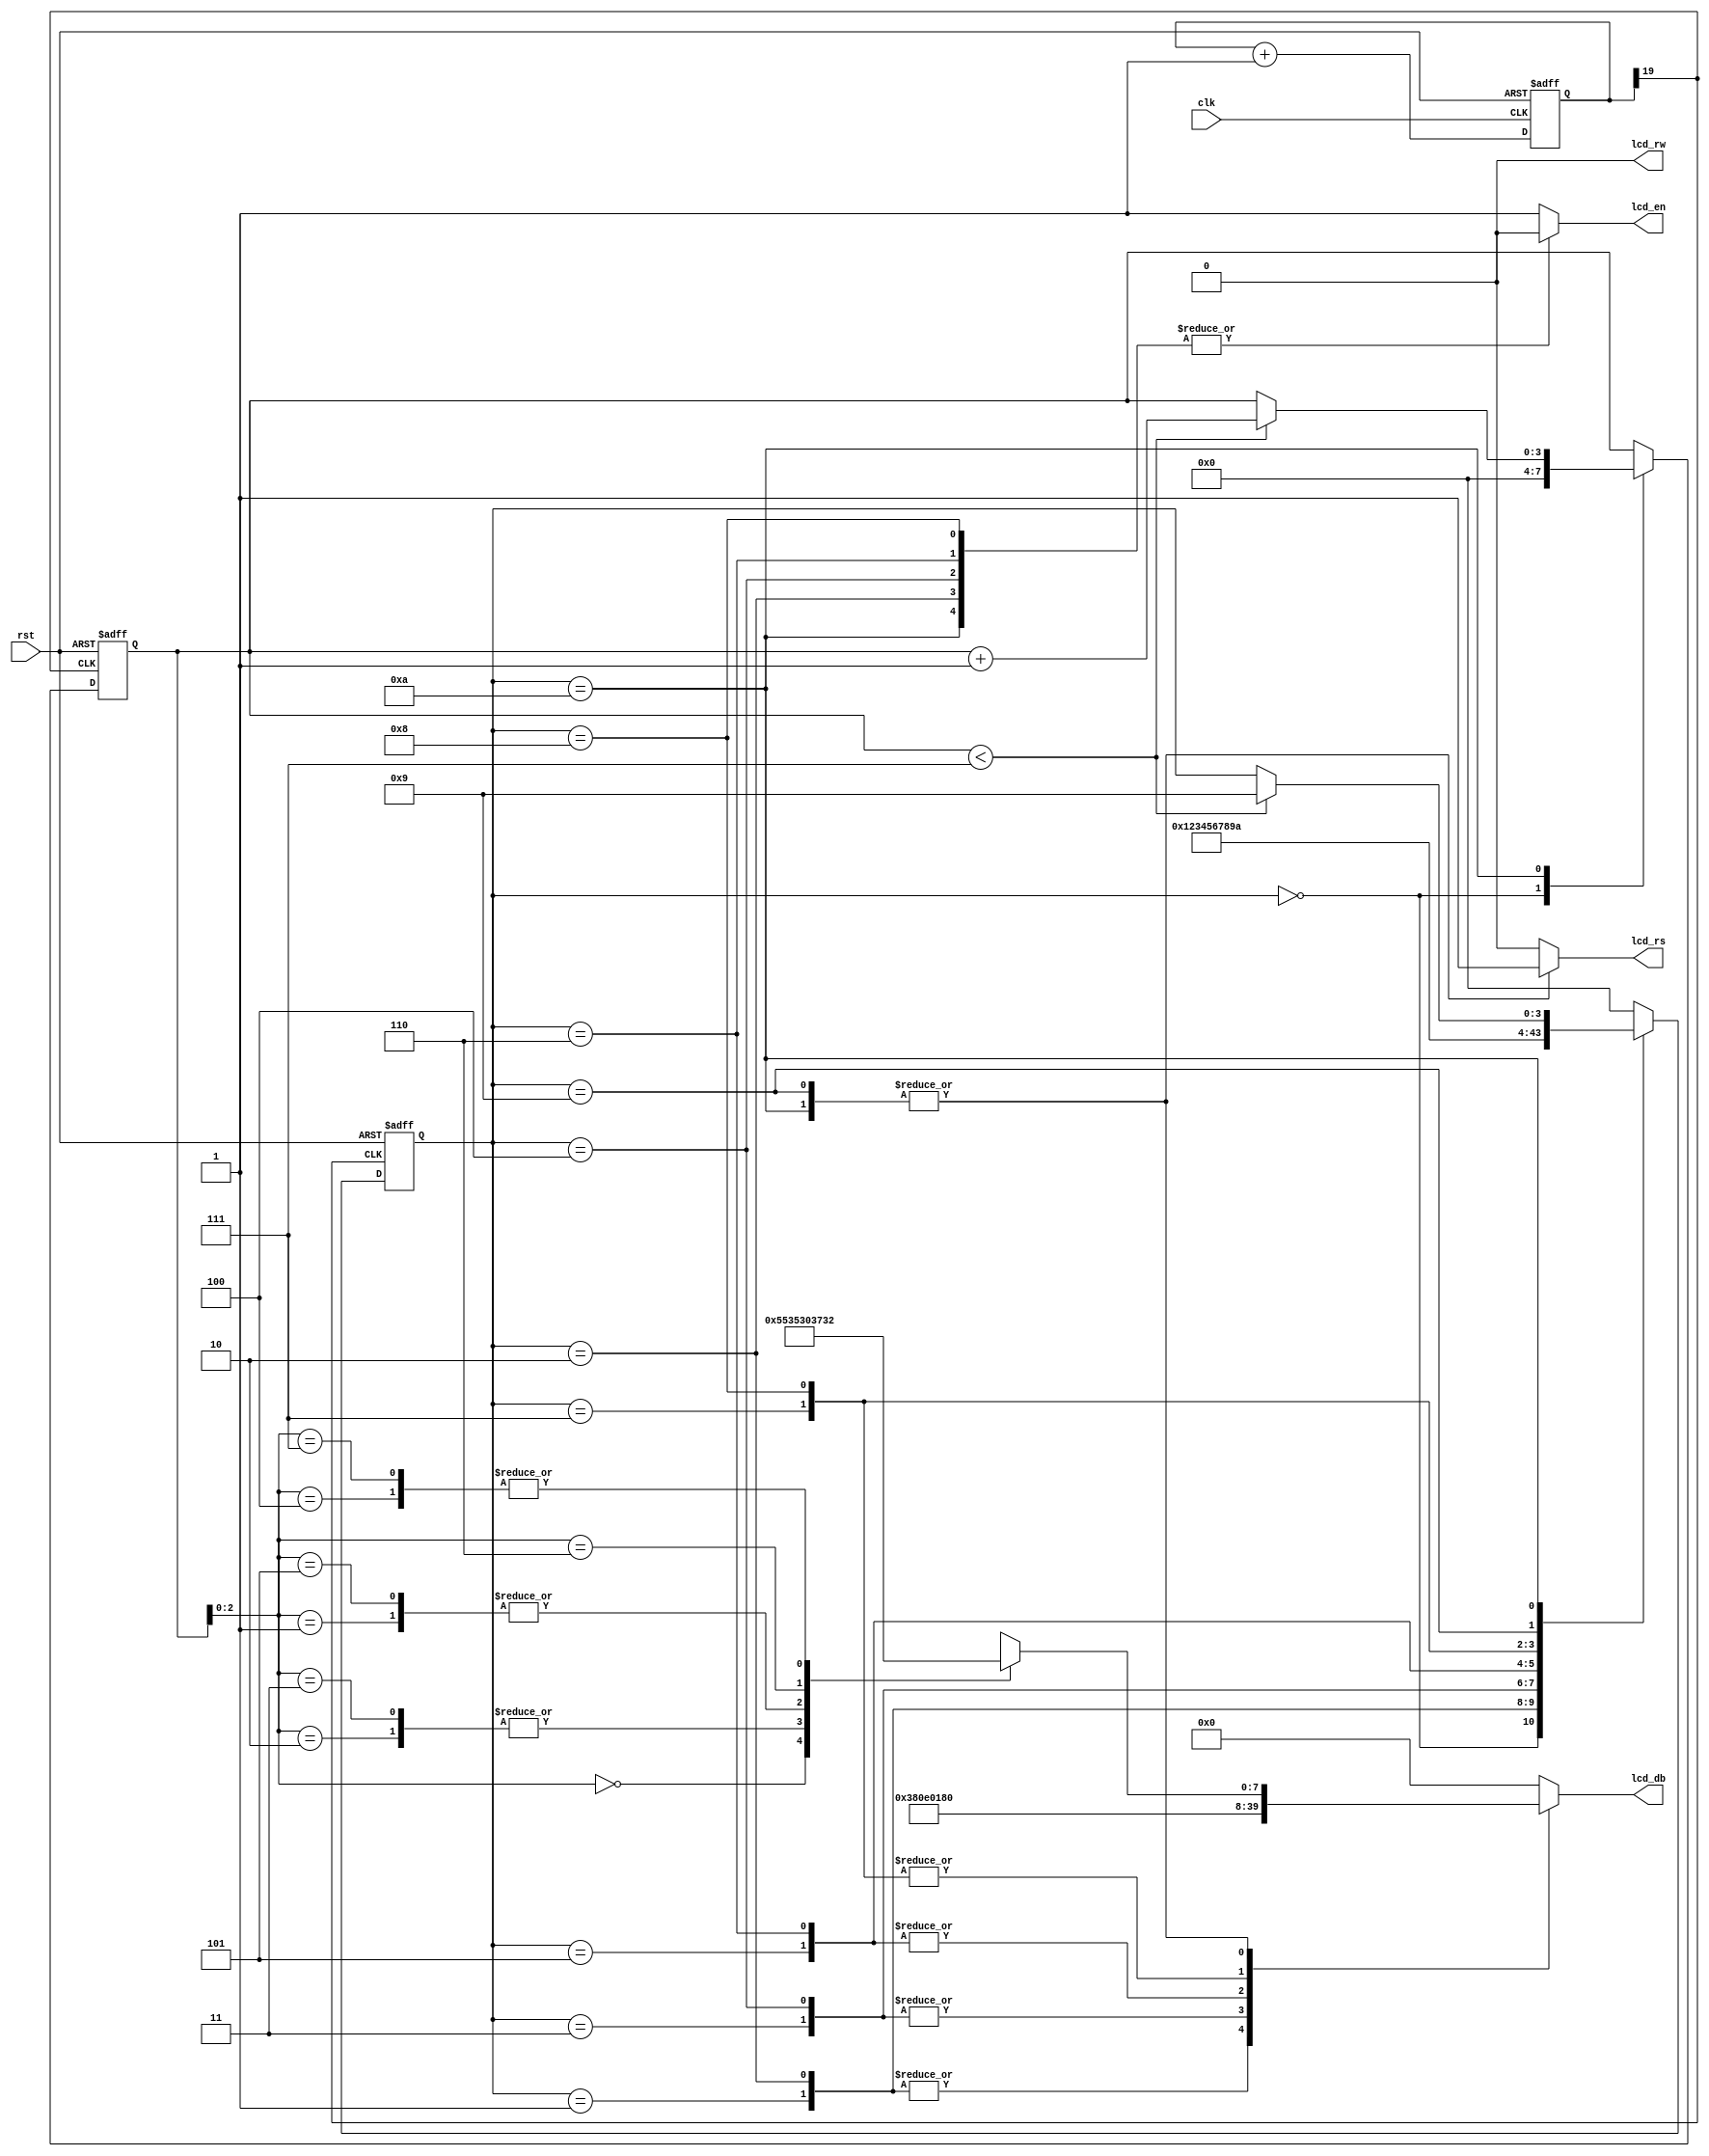
module lab8(lcd_db,lcd_en,lcd_rw,lcd_rs,clk,rst);
output reg [7:0]lcd_db;
output reg lcd_en,lcd_rs;
output lcd_rw;
input clk,rst;

assign lcd_rw=1'b0;
parameter idle=4'd0,setup_mode=4'd1,write_mode=4'd2,setup_display=4'd3,write_display=4'd4,setup_clear=4'd5,write_clear=4'd6;
parameter setup_position=4'd7,write_position=4'd8,setup_data=4'd9,write_data=4'd10;
reg [3:0]state;
reg [3:0]datacnt;

wire [7:0]romdata[7:0];
assign romdata[0]=8'h55;
assign romdata[1]=8'h30;
assign romdata[2]=8'h35;
assign romdata[3]=8'h35;
assign romdata[4]=8'h32;
assign romdata[5]=8'h30;
assign romdata[6]=8'h37;
assign romdata[7]=8'h32;
reg[19:0]divclk;
always@(posedge clk or negedge rst)begin
   if(~rst)
      divclk<=20'd0;
   else
      divclk<=divclk+1;
end
always@(posedge divclk[19] or negedge rst)begin
   if(~rst)begin
      state<=idle;
      datacnt<=4'd0;
   end
   else begin
      case(state)
         idle:begin
            datacnt<=4'd0;
	    state<=setup_mode;
         end
         //----Mode Command--------
         setup_mode:state<=write_mode;
         write_mode:state<=setup_display;
         //----Display Command-----
         setup_display:state<=write_display;
         write_display:state<=setup_clear;
         //----Clear Command-------
         setup_clear:state<=write_clear;
         write_clear:state<=setup_position;
         //----Position Command----
         setup_position:state<=write_position;
         write_position:state<=setup_data;
         //----Data----------------
         setup_data:state<=write_data;
         write_data:begin
         if(datacnt<4'd7)begin
	    datacnt<=datacnt+1;
	    state<=setup_data;
	 end
	 else
	    state<=state;
         end
         default:state<=idle;
      endcase
   end
end
//-----------------------------------------
always@(state)begin
   case(state)
      idle:begin
         lcd_en<=1'b1;
	 lcd_rs<=1'b0;
	 lcd_db<=8'd0;
      end
      //--------mode command--------
      setup_mode:begin
         lcd_en<=1'b1;
	 lcd_rs<=1'b0;
	 lcd_db<=8'b0011_1000;
      end
      write_mode:begin
         lcd_en<=1'b0;
	 lcd_rs<=1'b0;
	 lcd_db<=8'b0011_1000;
      end
      //------display command-------
      setup_display:begin
         lcd_en<=1'b1;
	 lcd_rs<=1'b0;
	 lcd_db<=8'b0000_1110;
      end
      write_display:begin
         lcd_en<=1'b0;
	 lcd_rs<=1'b0;
	 lcd_db<=8'b0000_1110;
      end
      //---------clear command------
      setup_clear:begin
         lcd_en<=1'b1;
	 lcd_rs<=1'b0;
	 lcd_db<=8'b0000_0001;
      end
      write_clear:begin
      lcd_en<=1'b0;
      lcd_rs<=1'b0;
      lcd_db<=8'b0000_0001;
      end
      //------position command------		
      setup_position:begin
         lcd_en<=1'b1;
	 lcd_rs<=1'b0;
	 lcd_db<=8'b1000_0000;
      end	
      write_position:begin
         lcd_en<=1'b0;
	 lcd_rs<=1'b0;
	 lcd_db<=8'b1000_0000;
      end	
      //------data------------------  		
      setup_data:begin
      lcd_en<=1'b1;
      lcd_rs<=1'b1;
      lcd_db<=romdata[datacnt];
      end
      write_data:begin
         lcd_en<=1'b0;
	 lcd_rs<=1'b1;
	 lcd_db<=romdata[datacnt];
      end
      default:begin
         lcd_en<=1'b1;
	 lcd_rs<=1'b0;
	 lcd_db<=8'b0;	
      end
   endcase
end	
endmodule